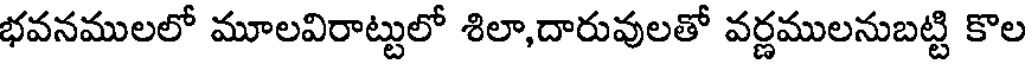
భవనములలో మూలవిరాట్టులో శిలా,దారువులతో వర్ణములనుబట్టి కొల